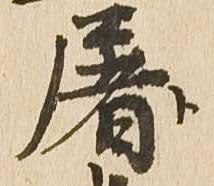
屠